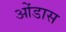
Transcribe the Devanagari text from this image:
ओंडास